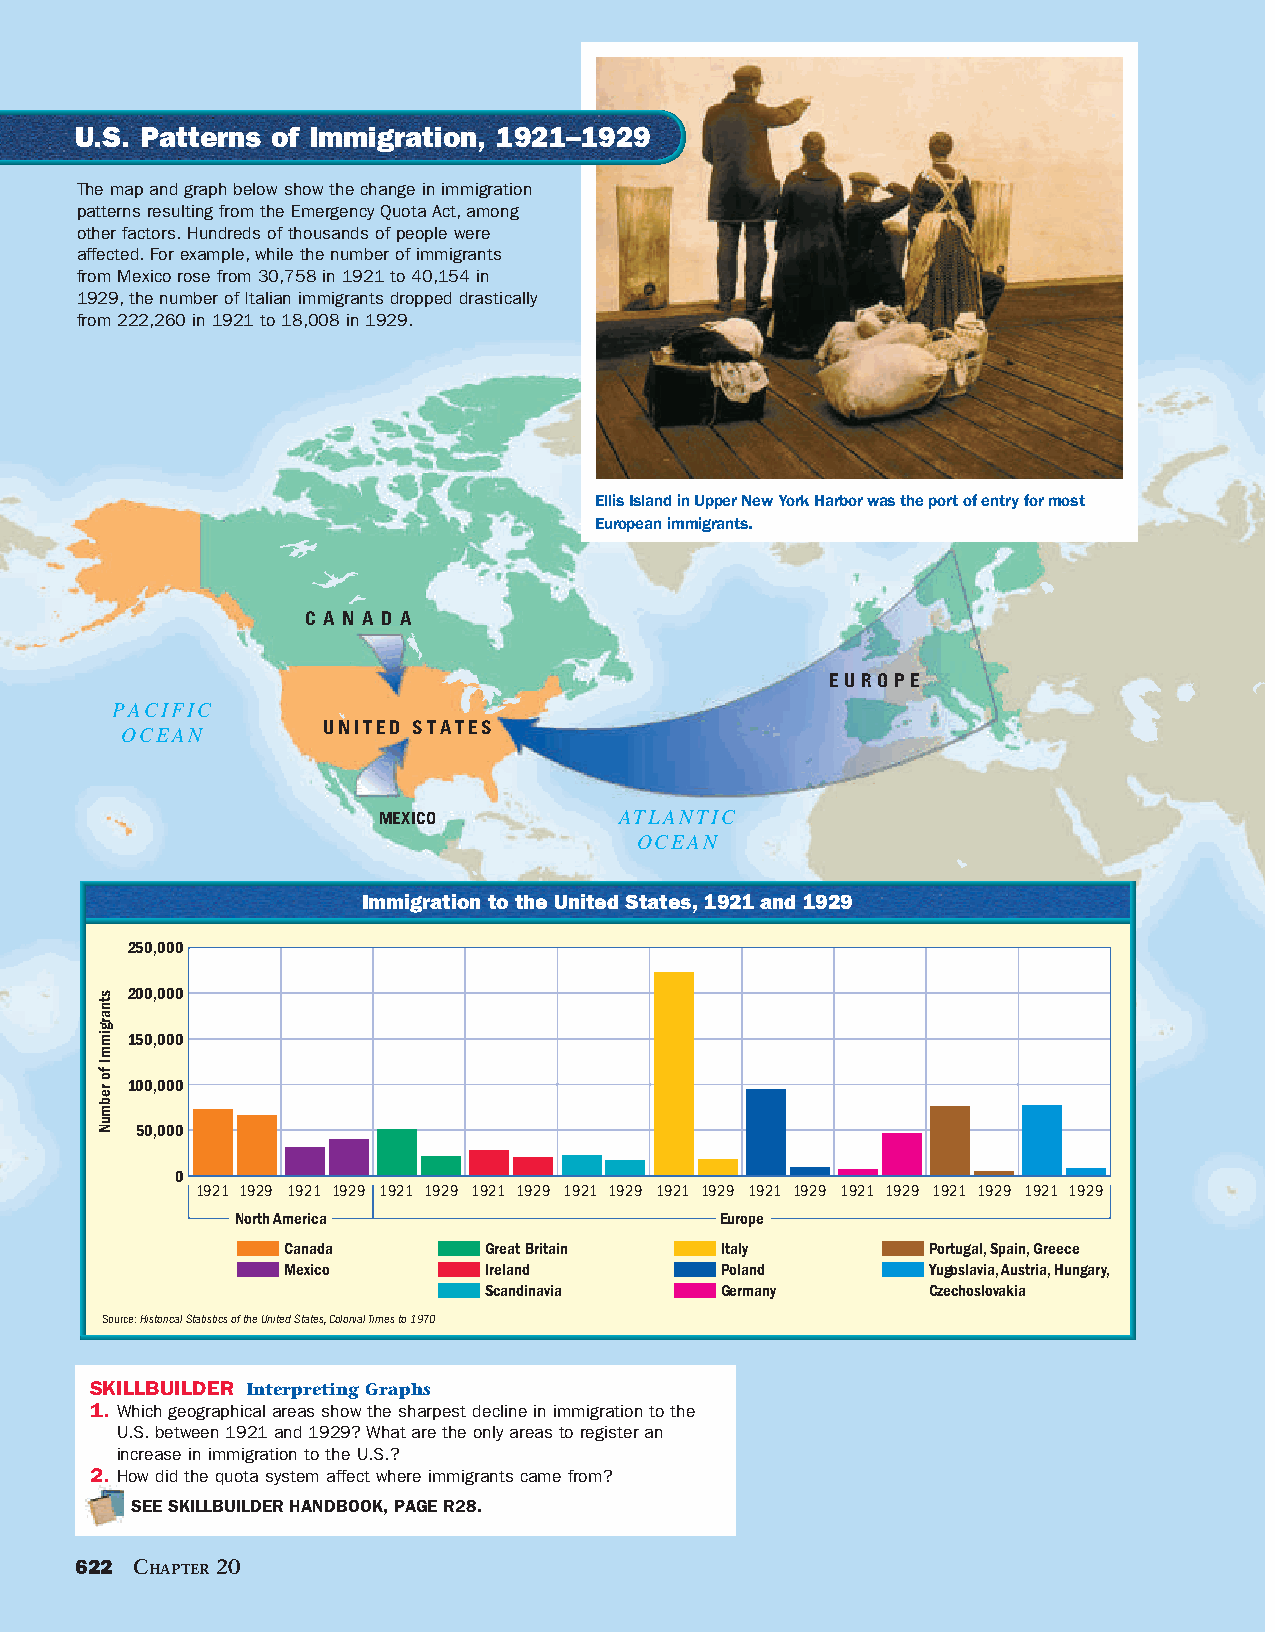
U.S. Patterns of Immigration, 1921–1929
 The map and graph below show the change in immigration
 patterns resulting from the Emergency Quota Act, among
 other factors. Hundreds of thousands of people were
 affected. For example, while the number of immigrants
 from Mexico rose from 30,758 in 1921 to 40,154 in
 1929, the number of Italian immigrants dropped drastically
 from 222,260 in 1921 to 18,008 in 1929.
 Ellis Island in Upper New York Harbor was the port of entry for most
 European immigrants.
 C A N A D A
 EUROPE
 PACIFIC
 OCEAN        UNITED STATES
 MEXICO          ATLANTIC
 OCEAN
 Immigration to the United States, 1921 and 1929
 250,000
 200,000
 150,000
 100,000
 50,000
 0
 1921 1929 1921 1929 1921 1929 1921 1929 1921 1929 1921 1929 1921 1929 1921 1929 1921 1929 1921 1929
 North America                   Europe
 Canada       Great Britain   Italy        Portugal, Spain, Greece
 Mexico       Ireland         Poland       Yugoslavia, Austria, Hungary,
 Scandinavia     Germany      Czechoslovakia
 Source: Historical Statistics of the United States, Colonial Times to 1970
 SKILLBUILDER Interpreting Graphs
 1. W hich geographical areas show the sharpest decline in immigration to the
 U.S. between 1921 and 1929? What are the only areas to register an
 increase in immigration to the U.S.?
 2. How did the quota system affect where immigrants came from?
 SEE SKILLBUILDER HANDBOOK, PAGE R28.
 622 CHAPTER 20
 MapQuest.Com, Inc.
 McDougal-Littell, The Americas Program
 BookR/Unit 4/Chapter 12 - arpe-0412s1-07-e
 U.S. Patterns of Immigration 1921-1927
 Vital Information Area (per page): 51 wide X 66 deep
 Mask Area (per page): 52p6 wide x 67p6 deep
 2nd proof date: 4/9/01
 stnargimmI
 fo
 rebmuN